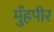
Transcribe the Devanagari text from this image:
मुँहपीर